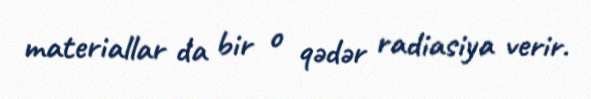
materiallar da bir o qədər radiasiya verir.